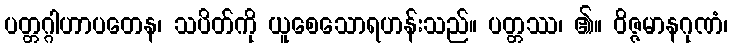
ပတ္တဂ္ဂါဟာပတေန၊ သပိတ်ကို ယူစေသောရဟန်းသည်။ ပတ္တဿ၊ ၏။ ဝိဇ္ဇမာနဂုဏံ၊